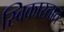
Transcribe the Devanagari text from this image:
स्विकारतात